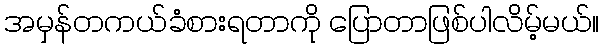
အမှန်တကယ်ခံစားရတာကို ပြောတာဖြစ်ပါလိမ့်မယ်။